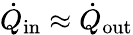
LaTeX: \dot{Q}_{\mathrm{in}}\approx\dot{Q}_{\mathrm{out}}